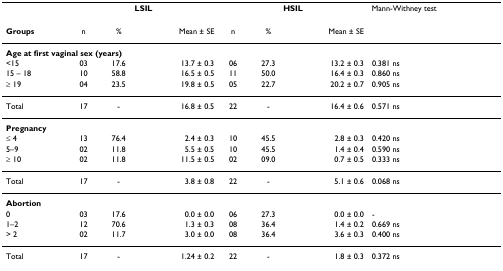
|  | <COLSPAN=3> LSIL | <COLSPAN=3> HSIL | Mann-Withney test |
 | Groups | n | % | Mean ± SE | n | % | Mean ± SE |  |
 | --- | --- | --- | --- | --- | --- | --- | --- |
 | <COLSPAN=8> Age at first vaginal sex (years) |
 | <15 | 03 | 17.6 | 13.7 ± 0.3 | 06 | 27.3 | 13.2 ± 0.3 | 0.381 ns |
 | 15 – 18 | 10 | 58.8 | 16.5 ± 0.5 | 11 | 50.0 | 16.4 ± 0.3 | 0.860 ns |
 | ≥ 19 | 04 | 23.5 | 19.8 ± 0.5 | 05 | 22.7 | 20.2 ± 0.7 | 0.905 ns |
 | Total | 17 | - | 16.8 ± 0.5 | 22 | - | 16.4 ± 0.6 | 0.571 ns |
 | <COLSPAN=8> Pregnancy |
 | ≤ 4 | 13 | 76.4 | 2.4 ± 0.3 | 10 | 45.5 | 2.8 ± 0.3 | 0.420 ns |
 | 5–9 | 02 | 11.8 | 5.5 ± 0.5 | 10 | 45.5 | 1.4 ± 0.4 | 0.590 ns |
 | ≥ 10 | 02 | 11.8 | 11.5 ± 0.5 | 02 | 09.0 | 0.7 ± 0.5 | 0.333 ns |
 | Total | 17 | - | 3.8 ± 0.8 | 22 | - | 5.1 ± 0.6 | 0.068 ns |
 | <COLSPAN=8> Abortion |
 | 0 | 03 | 17.6 | 0.0 ± 0.0 | 06 | 27.3 | 0.0 ± 0.0 | - |
 | 1–2 | 12 | 70.6 | 1.3 ± 0.3 | 08 | 36.4 | 1.4 ± 0.2 | 0.669 ns |
 | > 2 | 02 | 11.7 | 3.0 ± 0.0 | 08 | 36.4 | 3.6 ± 0.3 | 0.400 ns |
 | Total | 17 | - | 1.24 ± 0.2 | 22 | - | 1.8 ± 0.3 | 0.372 ns |